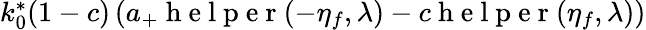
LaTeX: \begin{array}{r}{k_{0}^{*}(1-c)\left(a_{+}\mathrm{~h~e~l~p~e~r~}(-\eta_{f},\lambda)-c\mathrm{~h~e~l~p~e~r~}(\eta_{f},\lambda)\right)}\end{array}